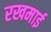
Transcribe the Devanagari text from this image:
रखमाई